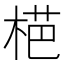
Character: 𱣪